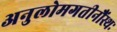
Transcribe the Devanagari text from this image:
अनुलोमगतीनौंस्थः